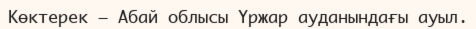
Көктерек — Абай облысы Үржар ауданындағы ауыл.